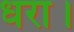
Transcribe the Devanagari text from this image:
धरा।